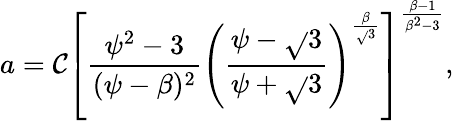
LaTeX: a=\mathcal{C}\left[\frac{{\psi^{2}-3}}{{(\psi-\beta)^{2}}}\left(\frac{{\psi-\sqrt{}{3}}}{{\psi+\sqrt{}{3}}}\right)^{\frac{{\beta}}{{\sqrt{}{3}}}}\right]^{\frac{{\beta-1}}{{\beta^{2}-3}}},